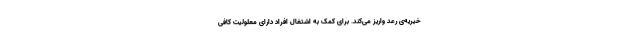
خیریه‌ی رعد واریز می‌کند. برای کمک به اشتغال افراد دارای معلولیت کافی